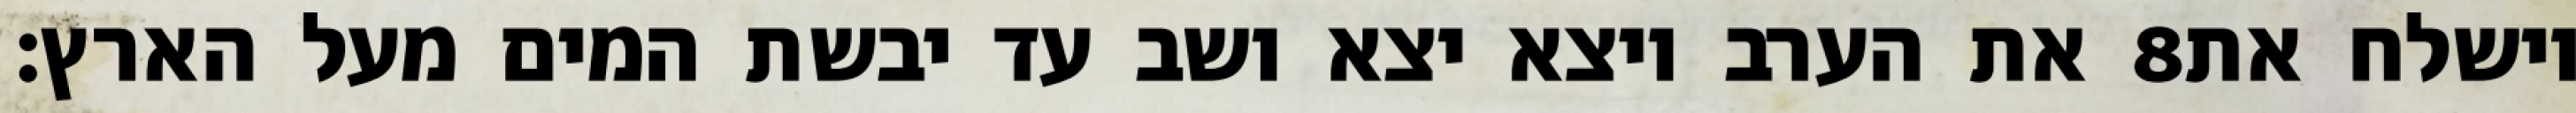
את הערב ויצא יצא ושב עד יבשת המים מעל הארץ׃ ‎8‏ וישלח את